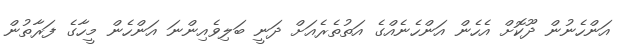
އަންހެނުން ދޫކޮށް އެހެން އަންހެނެއްގެ އަތުތެރެއަށް ދަނީ ބަލިވެއިންނަ އަންހެން މީހާގެ ފަރާތުން